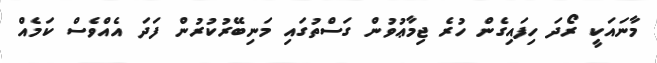
މާނައަކީ ރޯދަ ހިފައިގެން ހުރެ ޖިމާޢުވުން ގަސްތުގައި މަނިބޭރުކުރުން ފަދަ އެއްވެސް ކަމެއް